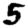
Digit: 5